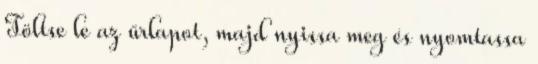
Töltse le az űrlapot, majd nyissa meg és nyomtassa